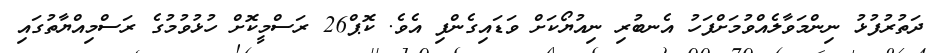
ދަތުރުފުޅު ނިންމަވާލެއްވުމަށްފަހު އެނބުރި ނިއުޔޯކަށް ވަޑައިގެންފި އެވެ. ކޮޕް26 ރަސްމީކޮށް ހުޅުވުމުގެ ރަސްމިއްޔާތުގައި